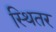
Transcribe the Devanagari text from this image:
स्थितर